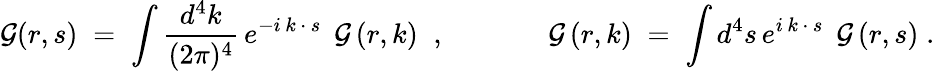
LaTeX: {\cal G}(r,s)\; =\; \int\frac{d^{4}k}{(2\pi)^{4}}\, e^{-i\, k\, \cdot\, s}\; \, {\cal G}\left(r,k\right)\; \; ,\; \; \; \; \; \; \; \; \; \; \; \; \; {\cal G}\left(r,k\right)\; =\; \int d^{4}s\, e^{i\, k\, \cdot\, s}\; \, {\cal G}\left(r,s\right)\; .